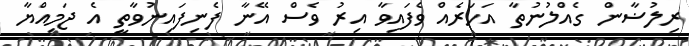
ރިލުޟާން ގެއްލުނުތާ އަހަރެއް ވެފައިވާ އިރު ވެސް އޭނާ ފެނިފައިނުވާތީ އެ ޖަމިއްޔާ